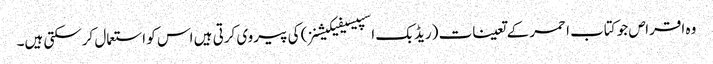
وہ اقراص جو کتاب احمر کے تعینات (ریڈ بک اسپیسیفیکیشنز) کی پیروی کرتی ہیں اس کو استعمال کرسکتی ہیں۔